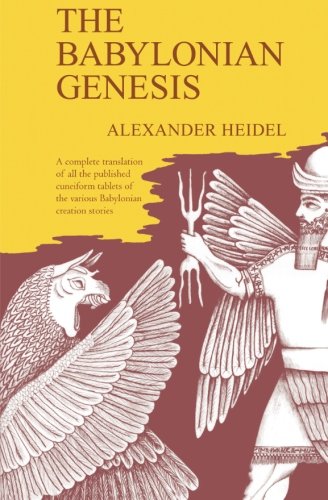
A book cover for The Babylonian Genesis: The Story of Creation; Alexander Heidel; History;